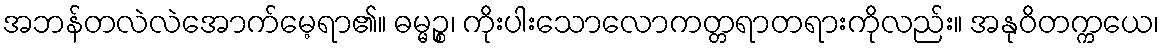
အဘန်တလဲလဲအောက်မေ့ရာ၏။ ဓမ္မဉ္စ၊ ကိုးပါးသောလောကတ္တရာတရားကိုလည်း။ အနုဝိတက္ကယေ၊